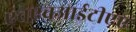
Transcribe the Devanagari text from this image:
एचएचआईटीएए